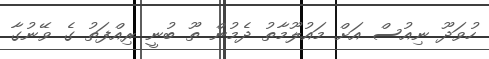
ހުވަދޫ ނިއުސް އަށް މައުލޫމާތު ދެމުން ތޫ ބުނީ ރިއްފަތު ގެ ވޭނުގާ